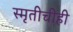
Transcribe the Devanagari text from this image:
स्मृतीचीही